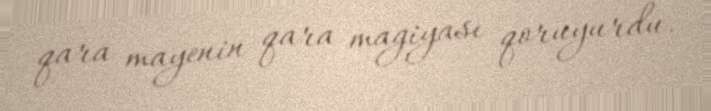
qara mayenin qara magiyası qoruyurdu.